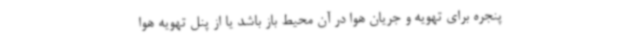
پنجره برای تهویه و جریان هوا در آن محیط باز باشد یا از پنل تهویه هوا